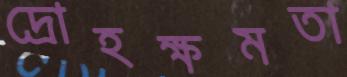
দ্রোহক্ষমতা